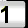
Digit: 1